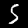
Label: 5